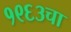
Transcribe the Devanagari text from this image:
१९६३चा